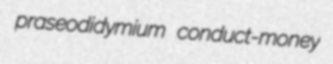
praseodidymium conduct-money